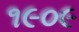
૧૯૦૯